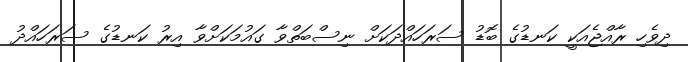
ދިވެހި ރާއްޖެއަކީ ކަނޑުގެ ބޮޑު ސަރަހައްދަކަށް ނިސްބަތްވާ ގައުމަކަށްވާ އިރު ކަނޑުގެ ސަރަހައްދު